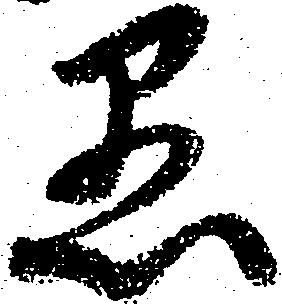
愚